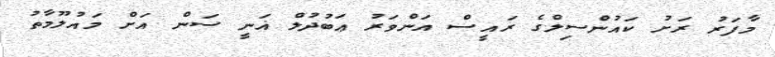
މާފަރު ރަށު ކައުންސިލްގެ ރައީސް އަންވަރު ޢަބުދުލް ޣަނީ ސަން އަށް މައުލޫމާތު